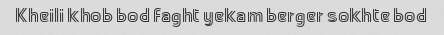
Kheili khob bod faght yekam berger sokhte bod